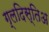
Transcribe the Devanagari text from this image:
ग्लदिस्तिअ